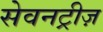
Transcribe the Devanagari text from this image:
सेवनट्रीज़